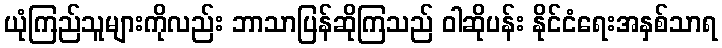
ယုံကြည်သူများကိုလည်း ဘာသာပြန်ဆိုကြသည် ဝါဆိုပန်း နိုင်ငံရေးအနှစ်သာရ